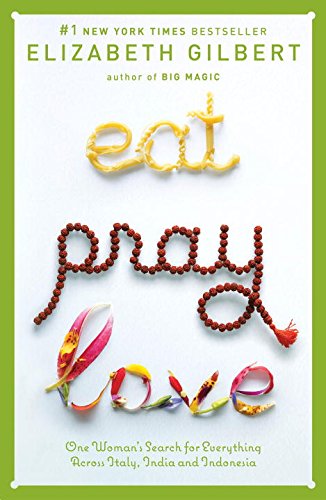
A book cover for Eat, Pray, Love: One Woman's Search for Everything Across Italy, India and Indonesia; Elizabeth Gilbert; Biographies & Memoirs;